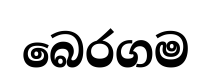
බෙරගම